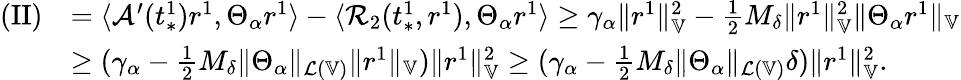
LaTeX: \begin{array}{rl}{\mathrm{(II)}}&{=\langle\mathcal{A}^{\prime}(t_{*}^{1})r^{1},\Theta_{\alpha}r^{1}\rangle-\langle\mathcal{R}_{2}(t_{*}^{1},r^{1}),\Theta_{\alpha}r^{1}\rangle\ge\gamma_{\alpha}\| r^{1}\| _{\mathbb{V}}^{2}-\frac{1}{2}M_{\delta}\| r^{1}\| _{\mathbb{V}}^{2}\| \Theta_{\alpha}r^{1}\| _{\mathbb{V}}}\\ &{\ge(\gamma_{\alpha}-\frac{1}{2}M_{\delta}\| \Theta_{\alpha}\| _{\mathcal{L}(\mathbb{V})}\| r^{1}\| _{\mathbb{V}})\| r^{1}\| _{\mathbb{V}}^{2}\ge(\gamma_{\alpha}-\frac{1}{2}M_{\delta}\| \Theta_{\alpha}\| _{\mathcal{L}(\mathbb{V})}\delta)\| r^{1}\| _{\mathbb{V}}^{2}.}\end{array}